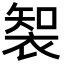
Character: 𮖑